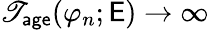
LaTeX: \mathscr{T}_{\mathsf{{age}}}(\varphi_{n};\mathsf{{E}})\to\infty